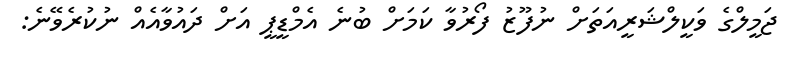
ޖަމީލްގެ ވަކީލްޝަރީއަތަށް ނުފޫޒު ފޯރުވާ ކަމަށް ބުނެ އެމްޑީޕީ އަށް ދައުވާއެއް ނުކުރެވޭނެ: